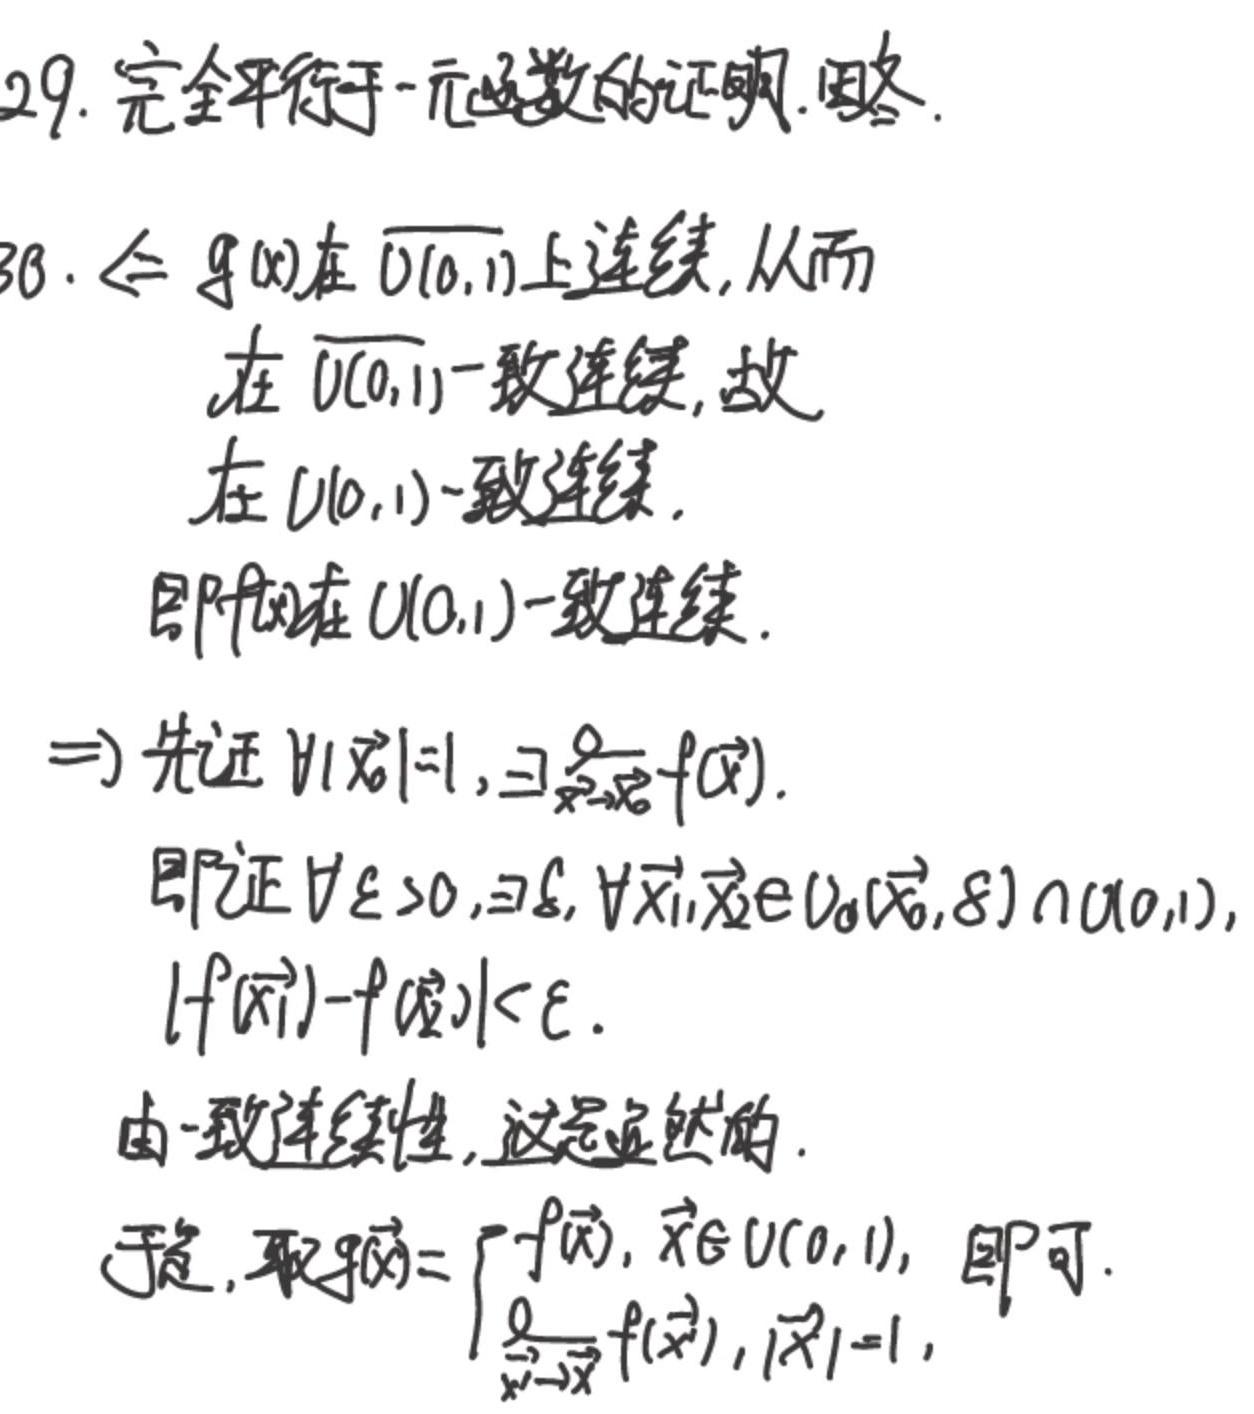
29. 完全平行于一元函数的证明。图略。

30. 令\(f(x)\)在\(\overline{U(0, 1)}\)上连续，从而在\(\overline{U(0, 1)}\)一致连续，故在\(U(0, 1)\)一致连续。即\(f(x)\)在\(U(0, 1)\)一致连续。

\(\Rightarrow\) 先证\(\forall|\vec{x}| = 1\)，\(\exists\lim\limits_{\vec{x}'\to\vec{x}}f(\vec{x}')\)。即证\(\forall\varepsilon\geq0\)，\(\exists\delta\)，\(\forall\vec{x}_1,\vec{x}_2\in U_0(\vec{x},\delta)\cap U(0, 1)\)，\(|f(\vec{x}_1)-f(\vec{x}_2)|<\varepsilon\)。由一致连续性，这是显然的。

于是，取\(\widetilde{f}(\vec{x}) = \begin{cases}f(\vec{x}), &\vec{x}\in U(0, 1)\\\lim\limits_{\vec{x}'\to\vec{x}}f(\vec{x}'), &|\vec{x}| = 1\end{cases}\)即可。